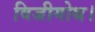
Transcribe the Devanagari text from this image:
विजीगोथ।